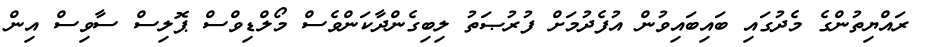
ރައްޔިތުންގެ މެދުގައި ބައިބައިވުން އުފެދުމަށް ފުރުޞަތު ލިބިގެންދާކަންވެސް މޯލްޑިވްސް ޕޮލިސް ސާވިސް އިން